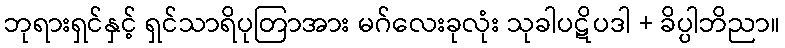
ဘုရားရှင်နှင့် ရှင်သာရိပုတြာအား မဂ်လေးခုလုံး သုခါပဋိပဒါ + ခိပ္ပါဘိညာ။